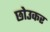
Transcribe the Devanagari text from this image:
छोउकर